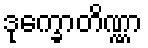
ဒုက္ခောတိဏ္ဏာ